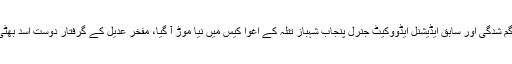
تفصیلات کے مطابق ایس ایس پی مفخر عدیل کی گم شدگی اور سابق ایڈیشنل ایڈووکیٹ جنرل پنجاب شہباز تتلہ کے اغوا کیس میں نیا موڑ آ گیا، مفخر عدیل کے گرفتار دوست اسد بھٹی نے پولیس کے سامنے اہم انکشافات کر دیے ہیں۔